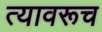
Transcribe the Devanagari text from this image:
त्यावरूच